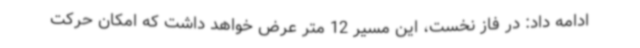
ادامه داد: در فاز نخست، این مسیر 12 متر عرض خواهد داشت که امکان حرکت